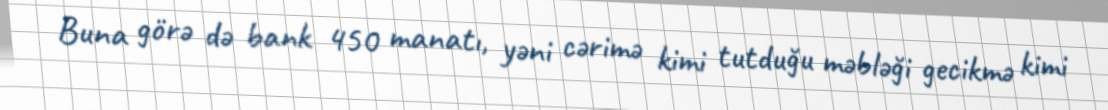
Buna görə də bank 450 manatı, yəni cərimə kimi tutduğu məbləği gecikmə kimi